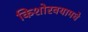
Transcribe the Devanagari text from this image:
किशोरवयामधे